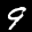
Label: 9